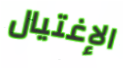
الإغتيال